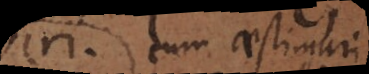
viri. cum aestimari